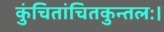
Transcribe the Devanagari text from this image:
कुंचितांचितकुन्तलः।